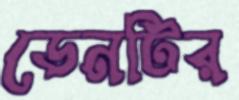
ডেনটির